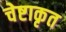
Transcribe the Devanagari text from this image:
चेष्टाकृत